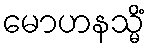
မောဟနသ္မိံ